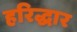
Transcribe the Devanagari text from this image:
हरिद्धार